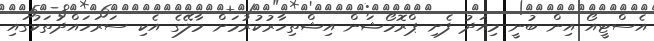
އެސްޓީއޯ އިން ބުނީ މިއަދު ފެށި ޕްރޮމޯޝަން އިޝްތިހާރުކުރުމަށް މާލޭގެ އެކި ސަރަހައްދުތަކުގައި